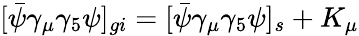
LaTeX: [\bar{\psi}\gamma_{\mu}\gamma_{5}\psi]_{gi}=[\bar{\psi}\gamma_{\mu}\gamma_{5}\psi]_{s}+K_{\mu}